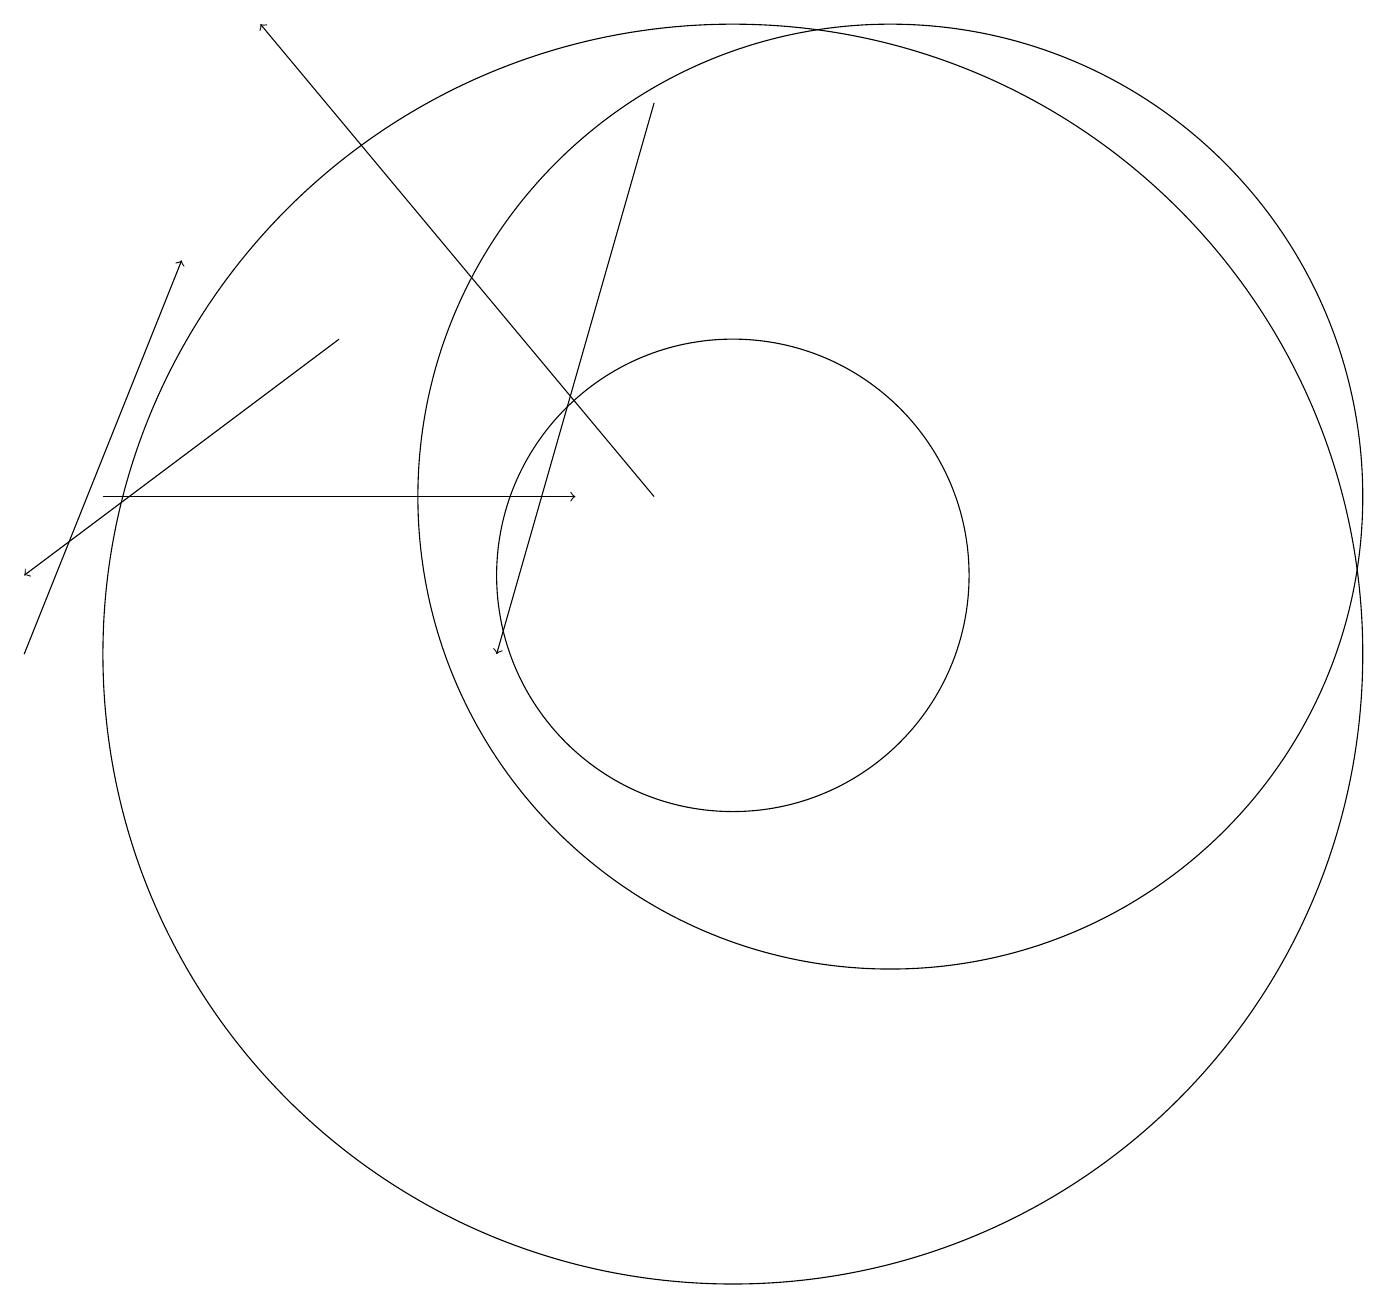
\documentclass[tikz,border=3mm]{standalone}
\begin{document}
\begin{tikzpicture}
\draw[->] (9,12) -- (4,18);
\draw (12,12) circle (6);
\draw (10,10) circle (8);
\draw (10,11) circle (3);
\draw[->] (2,12) -- (8,12);
\draw[->] (5,14) -- (1,11);
\draw[->] (9,17) -- (7,10);
\draw[->] (1,10) -- (3,15);
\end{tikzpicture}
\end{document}